King Institute of Preventive Medicine Bacteriolog. Section reports 1907-08
Year: 1907
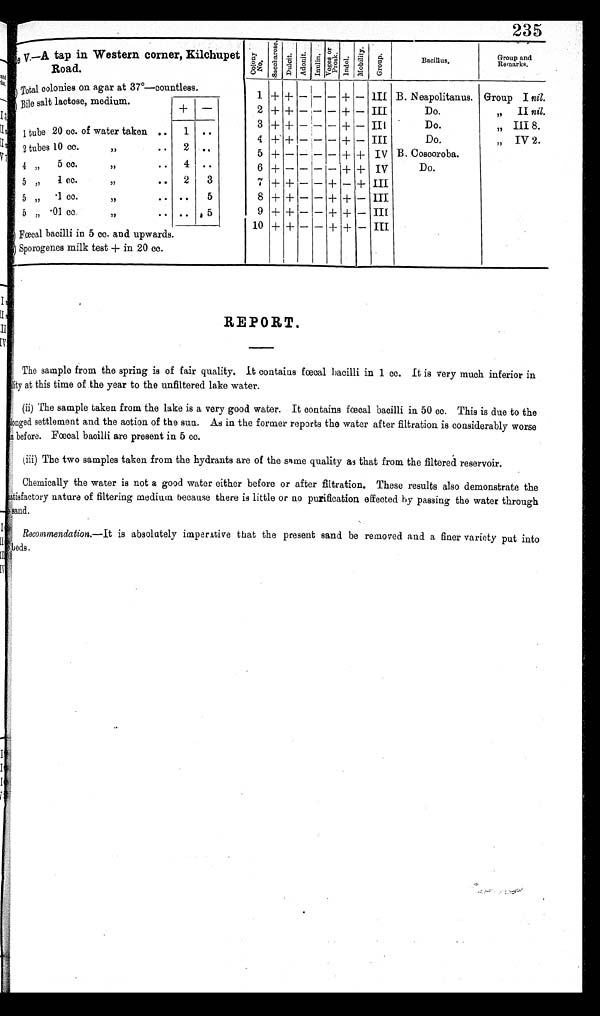
[illegible]eV.—A tap in Western corner, Kilchupet
Road.
C o l o n y N o .
Sa c c ha r os e .
Dut ci t . Ad o n i t .
I n u l i n . V o g e s o r P r o s k .
Indol. Mobi l i t y.
G r o u p .
Bacillus,
Group and
Remarks.
<b>[illegible] Total colonies on agar at 37°—countless.
1 + + — — — + — III B. Neapolitanus. Group I nil.
[illegible] Bile salt lactose, medium.
+ —
2 + + — — — + — III
Do.
„
I I
nil.
3
++ + — — — + — III
Do.
„ III 8.
1 tube 20 cc. of water taken ..
1 ..
4
+ + —
— — + — III
Do.
„ IV 2.
2 tubes 10 cc.
,,
.
5 + — — — — + + IV B. Coscoroba.
4 , ,
5 cc.
, ,
. .
4 ..
6 +
—— — — + + IV
Do.
5 „
1 cc.
, ,
. .
2
3
7 + + — — + — + III
5 „ .1 cc.
, ,
. .
..
5
8 + + — — + +++ — III
5 „ .01 cc.
, ,
.. .. 5
9 + + — — + + — III
10 + + — — + +
III
[illegible] Fœcal bacilli in 5 cc. and upwards.
[illegible] Sporogenes milk test + in 20 cc.
REPORT.
The sample from the spring is of fair quality. It contains fœcal bacilli in 1 cc. It is very much inferior in
[illegible] lity at this time of the year to the unfiltered lake water.
(ii) The sample taken from the lake is a very good water. It contains fœcal bacilli in 50 cc. This is due to the
[ i l l e g i b l e ] l o n g e d s e t t l e m e n t a n d t h e a c t i o n o f t h e s u n .A
s
i n t h e f o r m e r r e p o r t s t h e w a t e r a f t e r f i l t r a t i o n i s c o n s i d e r a b l y w o r s e
[ i l l e g i b l e ] n b e f o r e . F œ c a l b a c i l l i a r e p r e s e n t i n 5 c c .
(iii) The two samples taken from the hydrants are of the same quality as that from the filtered reservoir.
Chemically the water is not a good water either before or after filtration. These results also demonstrate the
satisfactory nature of filtering medium because there is little or no purification effected by passing the water through
[illegible]sand.
Recommendation.—It
is absolutely imperative that the present sand be removed and a finer variety put into
[illegible]beds.